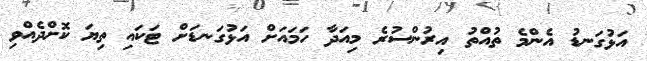
އަޅުގަނޑު އެންމެ ތުއްތު އިރުންސުރެ މިއަދާ ހަމައަށް އަޅުގަނޑަށް ޓަކައި ތިޔަ ކޮށްދެއްވި